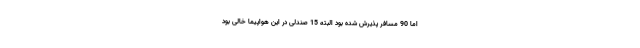
اما 90 مسافر پذیرش شده بود البته 15 صندلی در این هواپیما خالی بود